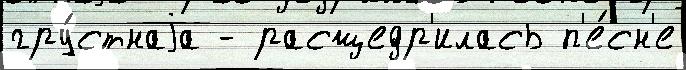
гру́стнаjа - расщедр'илась п'е́сн'е